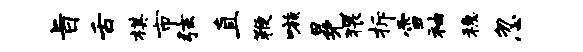
旨舌棋市弦直鞭嗾冕猥拆雪袖稳忽